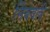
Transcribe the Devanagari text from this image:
निंबवली